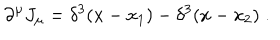
\partial ^ { \mu } J _ { \mu } = \delta ^ { 3 } ( x - x _ { 1 } ) - \delta ^ { 3 } ( x - x _ { 2 } ) \; .